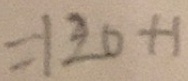
= 1 2 0 + 1